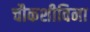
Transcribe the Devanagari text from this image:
चौकशीविना